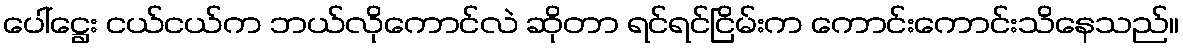
ပေါ်ဋ္ဌေး ငယ်ငယ်က ဘယ်လိုကောင်လဲ ဆိုတာ ရင်ရင်ငြိမ်းက ကောင်းကောင်းသိနေသည်။